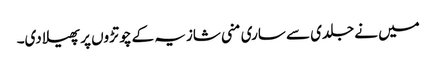
میں نے جلدی سے ساری منی شازیہ کے چوتڑوں پر پھیلا دی۔